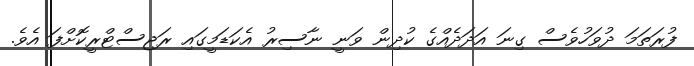
ފުރަތަމަ ދުވަހުވެސް ގިނަ އަދަދެއްގެ ކުދިން ވަނީ ނާސިރު އެކަޑަމީގައި ރަޖިސްޓްރީކޮށްފަ އެވެ.